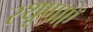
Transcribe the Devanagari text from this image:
स्थूणाएँ